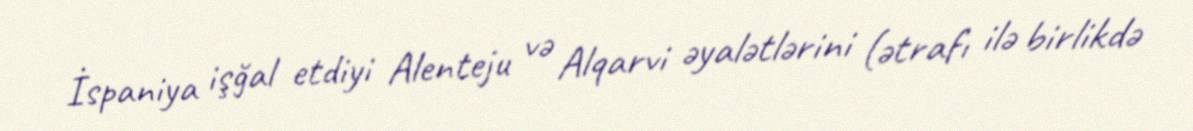
İspaniya işğal etdiyi Alenteju və Alqarvi əyalətlərini (ətrafı ilə birlikdə